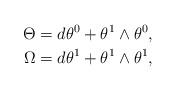
LaTeX: \begin{align*}\Theta&=d\theta^0+\theta^1\wedge\theta^0,\\*\Omega&=d\theta^1+\theta^1\wedge\theta^1,\end{align*}